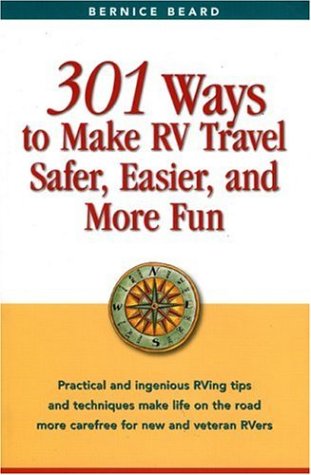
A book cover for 301 Ways to Make RV Travel Safer, Easier, and More Fun; Bernice Beard; Travel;